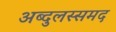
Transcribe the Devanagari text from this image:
अब्दुलस्समद